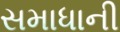
સમાધાની